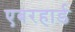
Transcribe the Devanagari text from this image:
एबरहार्ड